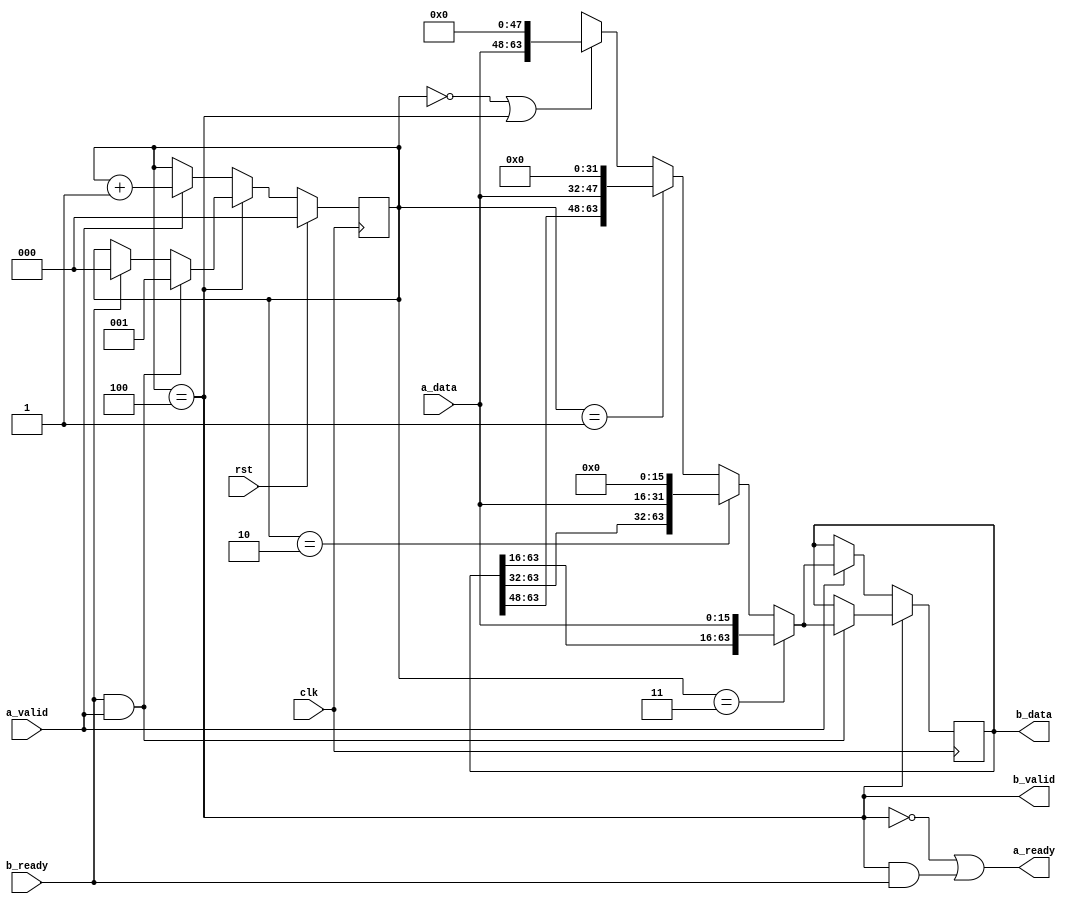
// This program was cloned from: https://github.com/zephray/RISu064
// License: MIT License

`timescale 1ns / 1ps
`default_nettype none
//
// RISu64
// Copyright 2022 Wenting Zhang
//
// Permission is hereby granted, free of charge, to any person obtaining a copy
// of this software and associated documentation files (the "Software"), to deal
// in the Software without restriction, including without limitation the rights
// to use, copy, modify, merge, publish, distribute, sublicense, and/or sell
// copies of the Software, and to permit persons to whom the Software is
// furnished to do so, subject to the following conditions:
//
// The above copyright notice and this permission notice shall be included in
// all copies or substantial portions of the Software.
//
// THE SOFTWARE IS PROVIDED "AS IS", WITHOUT WARRANTY OF ANY KIND, EXPRESS OR
// IMPLIED, INCLUDING BUT NOT LIMITED TO THE WARRANTIES OF MERCHANTABILITY,
// FITNESS FOR A PARTICULAR PURPOSE AND NONINFRINGEMENT. IN NO EVENT SHALL THE
// AUTHORS OR COPYRIGHT HOLDERS BE LIABLE FOR ANY CLAIM, DAMAGES OR OTHER
// LIABILITY, WHETHER IN AN ACTION OF CONTRACT, TORT OR OTHERWISE, ARISING FROM,
// OUT OF OR IN CONNECTION WITH THE SOFTWARE OR THE USE OR OTHER DEALINGS IN THE
// SOFTWARE.
//
module fifo_1d_16to64(
    input  wire         clk,
    input  wire         rst,
    // Incoming port
    input  wire [15:0]  a_data,
    input  wire         a_valid,
    output wire         a_ready,
    // Outgoing port
    output wire [63:0]  b_data,
    output wire         b_valid,
    input  wire         b_ready
);
    // Store from higher order byte to lower order
    reg [63:0] fifo;
    reg [2:0] fifo_level;
    wire fifo_full = (fifo_level == 4);

    wire [63:0] new_data =
            (fifo_level == 3) ? {fifo[63:16], a_data} :
            (fifo_level == 2) ? {fifo[63:32], a_data, 16'b0} :
            (fifo_level == 1) ? {fifo[63:48], a_data, 32'b0} :
            ((fifo_level == 0) || (fifo_level == 4)) ? {a_data, 48'b0} : 64'bx;

    always @(posedge clk) begin
        if (fifo_full) begin
            if (b_ready && a_valid) begin
                // Output ready, input valid, shiftin new data
                fifo <= new_data;
                fifo_level <= 1;
            end
            else if (b_ready) begin
                // Output ready, no input, output data
                fifo_level <= 0;
            end
        end
        else begin
            // Not full, output not valid, input ready
            if (a_valid) begin
                fifo <= new_data;
                fifo_level <= fifo_level + 1;
            end
        end

        if (rst) begin
            fifo_level <= 0;
        end
    end

    // RX data if fifo is empty
    assign a_ready = !fifo_full || (fifo_full && b_ready);
    assign b_valid = fifo_full;
    assign b_data = fifo;

endmodule